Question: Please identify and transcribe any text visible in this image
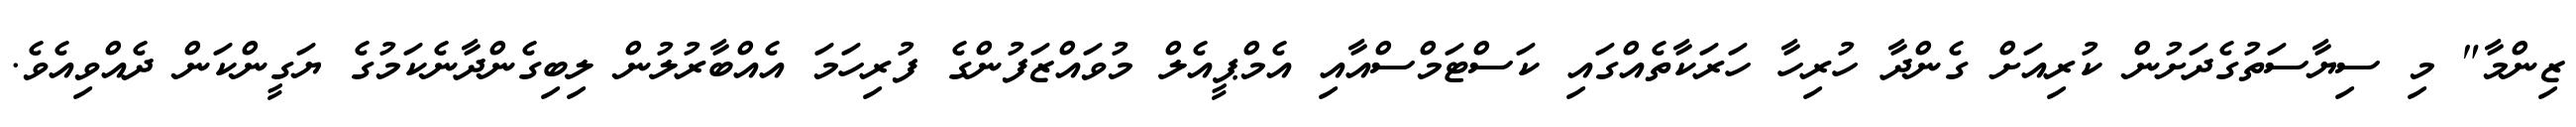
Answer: ޒިންމާ" މި ސިޔާސަތުގެދަށުން ކުރިއަށް ގެންދާ ހުރިހާ ހަރަކާތެއްގައި ކަސްޓަމްސްއާއި އެމްޕީއެލް މުވައްޒަފުންގެ ފުރިހަމަ އެއްބާރުލުން ލިބިގެންދާނެކަމުގެ ޔަގީންކަން ދެއްވިއެވެ.